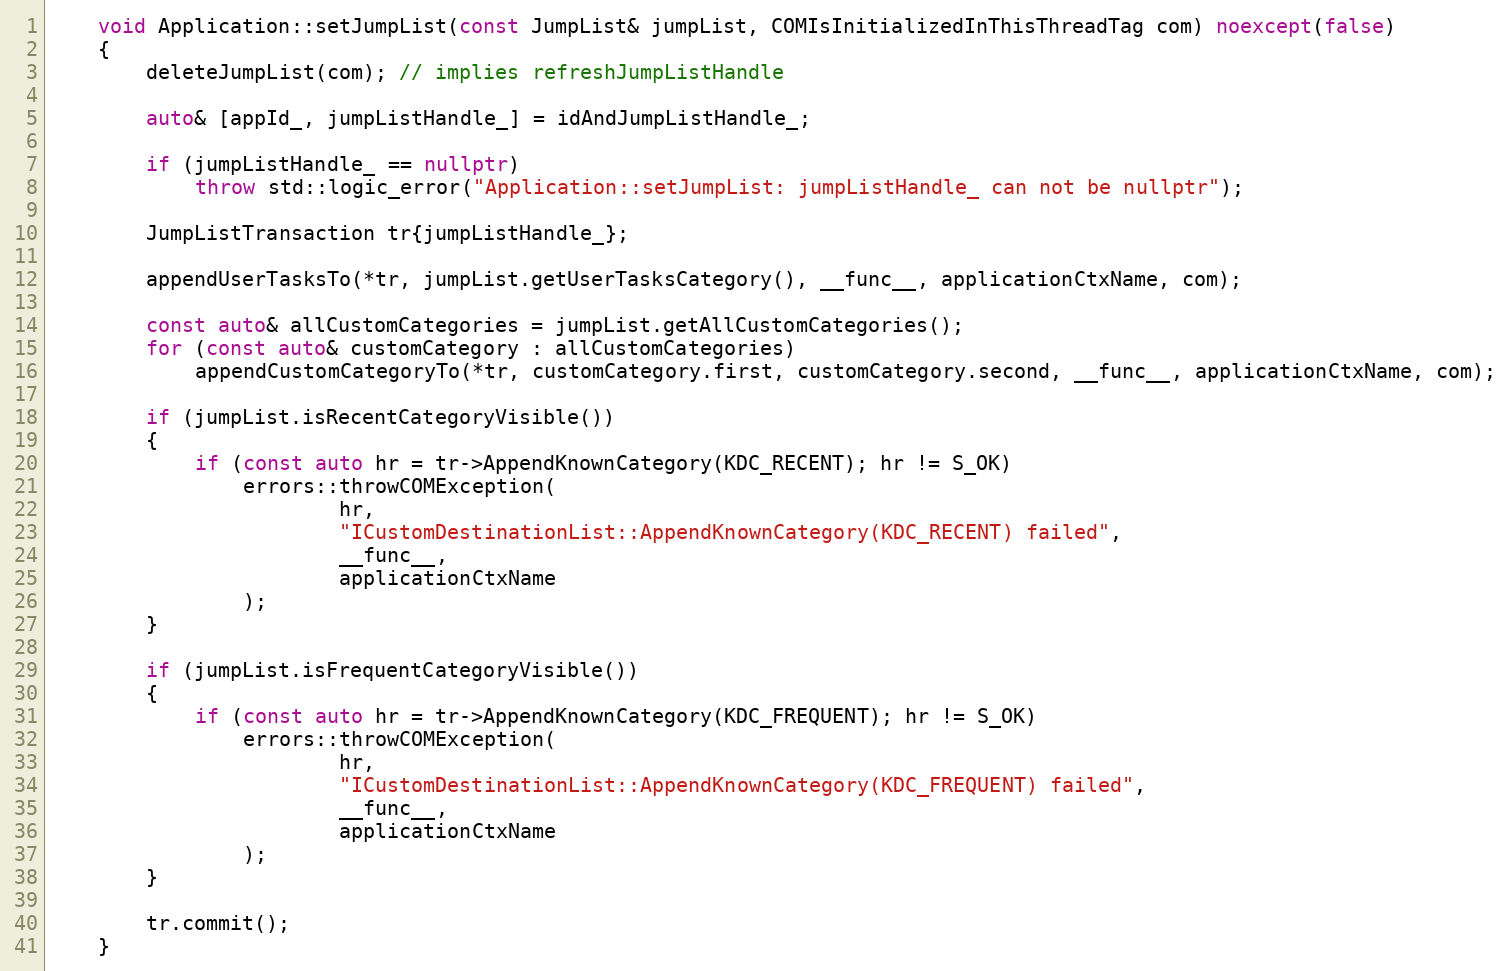
Language: C++
    void Application::setJumpList(const JumpList& jumpList, COMIsInitializedInThisThreadTag com) noexcept(false)
    {
        deleteJumpList(com); // implies refreshJumpListHandle

        auto& [appId_, jumpListHandle_] = idAndJumpListHandle_;

        if (jumpListHandle_ == nullptr)
            throw std::logic_error("Application::setJumpList: jumpListHandle_ can not be nullptr");

        JumpListTransaction tr{jumpListHandle_};

        appendUserTasksTo(*tr, jumpList.getUserTasksCategory(), __func__, applicationCtxName, com);

        const auto& allCustomCategories = jumpList.getAllCustomCategories();
        for (const auto& customCategory : allCustomCategories)
            appendCustomCategoryTo(*tr, customCategory.first, customCategory.second, __func__, applicationCtxName, com);

        if (jumpList.isRecentCategoryVisible())
        {
            if (const auto hr = tr->AppendKnownCategory(KDC_RECENT); hr != S_OK)
                errors::throwCOMException(
                        hr,
                        "ICustomDestinationList::AppendKnownCategory(KDC_RECENT) failed",
                        __func__,
                        applicationCtxName
                );
        }

        if (jumpList.isFrequentCategoryVisible())
        {
            if (const auto hr = tr->AppendKnownCategory(KDC_FREQUENT); hr != S_OK)
                errors::throwCOMException(
                        hr,
                        "ICustomDestinationList::AppendKnownCategory(KDC_FREQUENT) failed",
                        __func__,
                        applicationCtxName
                );
        }

        tr.commit();
    }